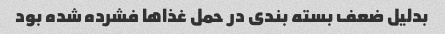
بدلیل ضعف بسته بندی در حمل غذاها فشرده شده بود